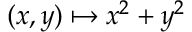
( x , y ) \mapsto x ^ { 2 } + y ^ { 2 }